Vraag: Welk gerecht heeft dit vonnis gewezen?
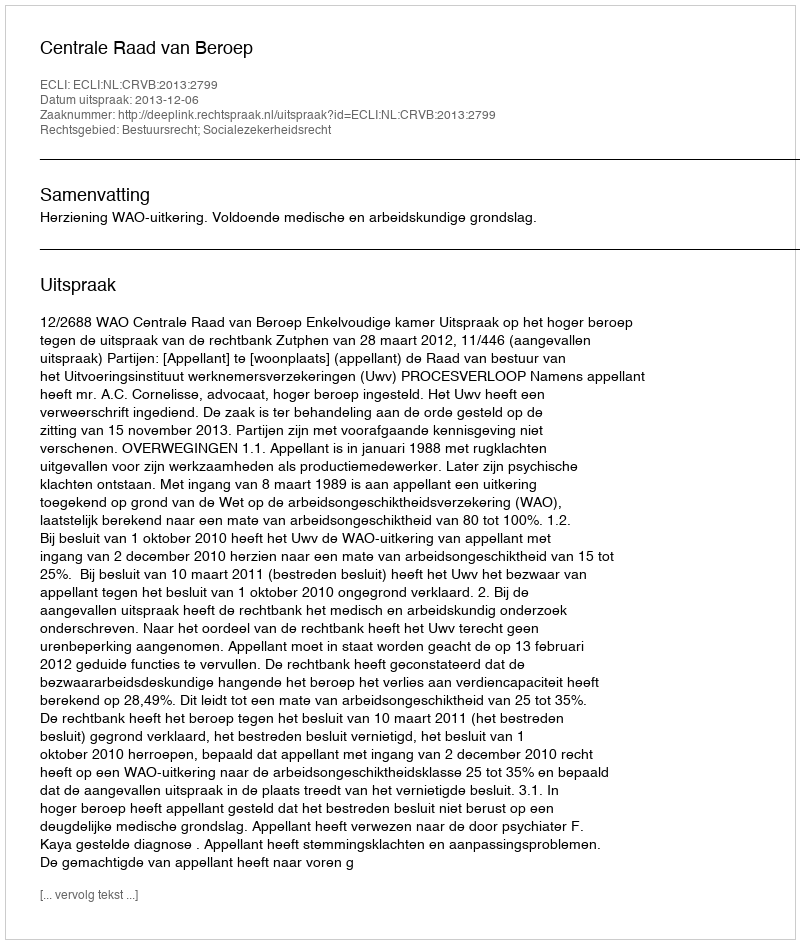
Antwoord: Centrale Raad van Beroep